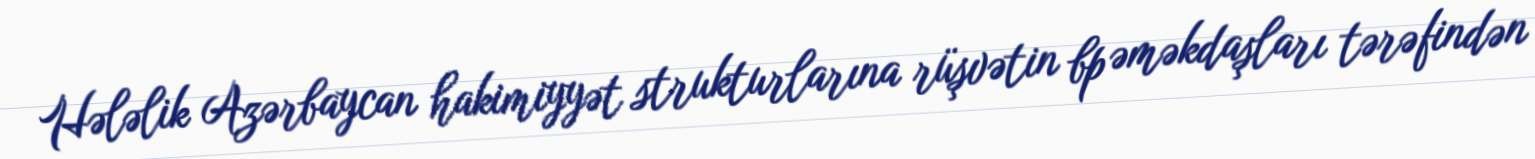
Hələlik Azərbaycan hakimiyyət strukturlarına rüşvətin bp əməkdaşları tərəfindən